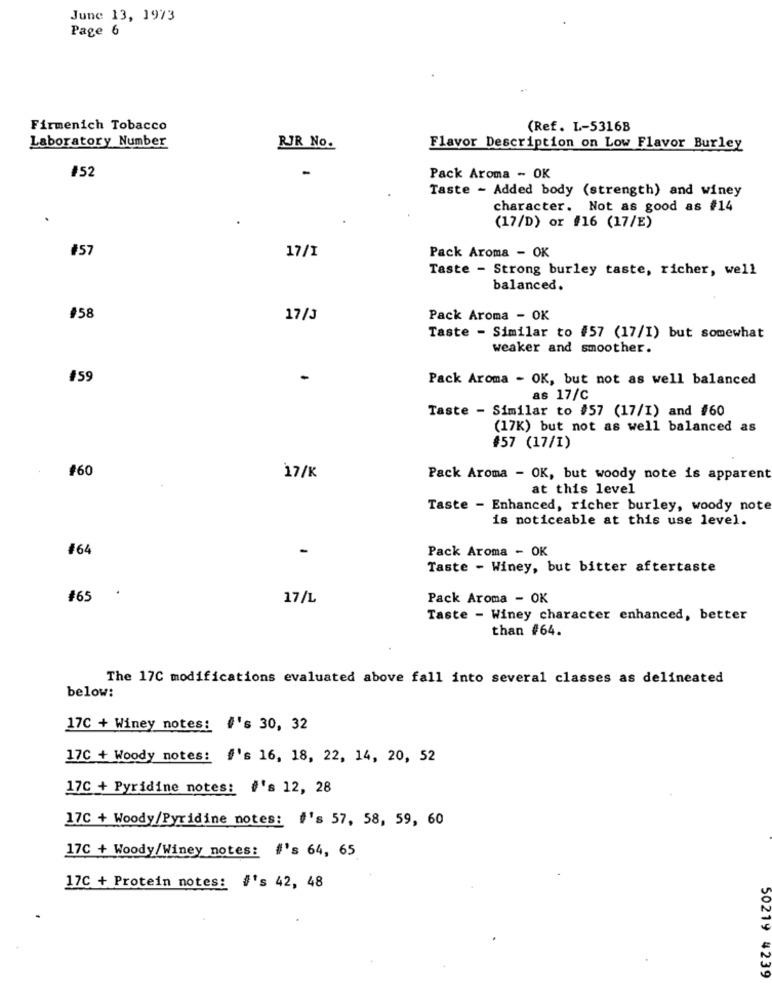
June 13, 1973
Page 6
Firmenich Tobacco
(Ref. L-53168
Laboratory Number
RJR No.
Flavor Description on Low Flavor Burley
#52
Pack Aroma - OK
Taste - Added body (strength) and winey
character. Not as good as #14
(17/D) or #16 (17/E)
#57
17/1
Pack Aroma - OK
Taste - Strong burley taste, richer, well
balanced.
#58
17/3
Pack Aroma - OK
Taste - Similar to #57 (17/I) but somewhat
weaker and smoother.
#59
Pack Aroma - OK, but not as well balanced
as 17/C
Taste - Similar to #57 (17/I) and #60
(17K) but not as well balanced as
#57 (17/I)
$60
17/K
Pack Aroma - OK, but woody note is apparent
at this level
Taste - Enhanced, richer burley, woody note
is noticeable at this use level.
#64
-
Pack Aroma - OK
Taste - Winey, but bitter aftertaste
$65
17/L
Pack Aroma - OK
Taste - Winey character enhanced, better
than #64.
The 17C modifications evaluated above fall into several classes as delineated
below:
17C + Winey notes: #'s 30, 32
17C + Woody notes: #'s 16, 18, 22, 14, 20, 52
17C + Pyridine notes: #'s 12, 28
17C + Woody/Pyridine notes: 's 57, 58, 59, 60
17C + Woody/Winey notes: #'s 64, 65
17C + Protein notes: #'s 42, 48
50219 4239